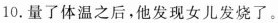
10.量了体温之后,他发现女儿发烧了。